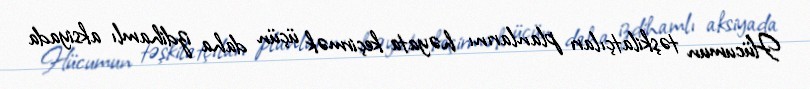
Hücumun təşkilatçıları planlarını həyata keçirmək üçün daha izdihamlı aksiyada